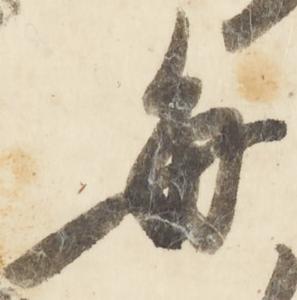
毎